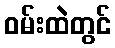
ဝမ်းထဲတွင်